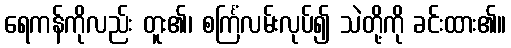
ရေကန်ကိုလည်း တူး၏၊ စင်္ကြံလမ်းလုပ်၍ သဲတို့ကို ခင်းထား၏။